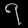
Digit: ၇